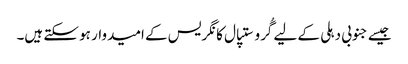
جیسے جنوبی دہلی کے لیے گُرو ستپال کانگریس کے امیدوار ہو سکتے ہیں۔